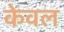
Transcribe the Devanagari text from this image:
केेवल